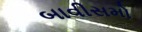
બાવીસમો